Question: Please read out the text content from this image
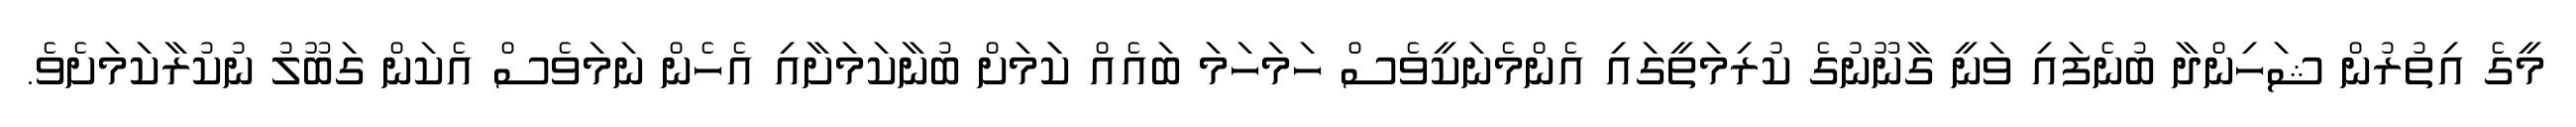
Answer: މީގެ އިތުރުން ޝަހިންދާ ބުނެފައި ވަނީ ގާނޫނުގެ ކުރިމަތީގައި އެންމެނަކީވެސް ހަމަހަމަ ބައެއް ކަަމަށް ބުނާކަމަށާއި އެހެން ނަމަވެސް އެކަން ގަބޫލު ނުކުރާކަމަށެވެ.